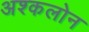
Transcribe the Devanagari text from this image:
अश्कलोन